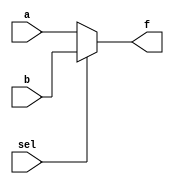
`timescale 1ns / 1ps
//////////////////////////////////////////////////////////////////////////////////
// Company: Cal poly pomona
// 
// Design Name: Lab1 2 to 1 mux
// Module Name: mux2to1
// Project Name: Lab1 
// Target Devices: ARTIX-7 family
// Tool Versions: Vivado 2019.2
// Description: designing 2to1 mux that has two of 4bit inputs, 1bit select, and 4 bit output
// 
// Dependencies: 
// 
// Revision: 1.0
// Revision 0.01 - File Created
// Additional Comments: This was designed by JIhun Choi and Jacky Li
// 
//////////////////////////////////////////////////////////////////////////////////


module mux2to1(
                    input wire [3:0] a,
                    input wire [3:0] b,
                    input wire sel,
                    output reg  [3:0] f
                  
              );
                          
     always @(a,b,sel)
     begin    
              if(sel==0)
              f=a;
              else 
              f=b;
     end
              
endmodule